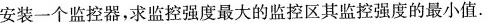
安装一个监控器，求监控强度最大的监控区其监控强度的最小值.